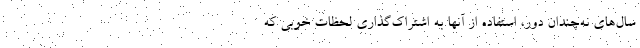
سال‌های نه‌چندان دور، استفاده از آنها به اشتراک‌گذاری لحظات خوبی که